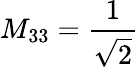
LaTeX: M_{33}=\frac{1}{\sqrt{2}}